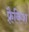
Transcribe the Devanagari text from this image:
फ़्रैकिश